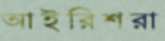
আইরিশরা